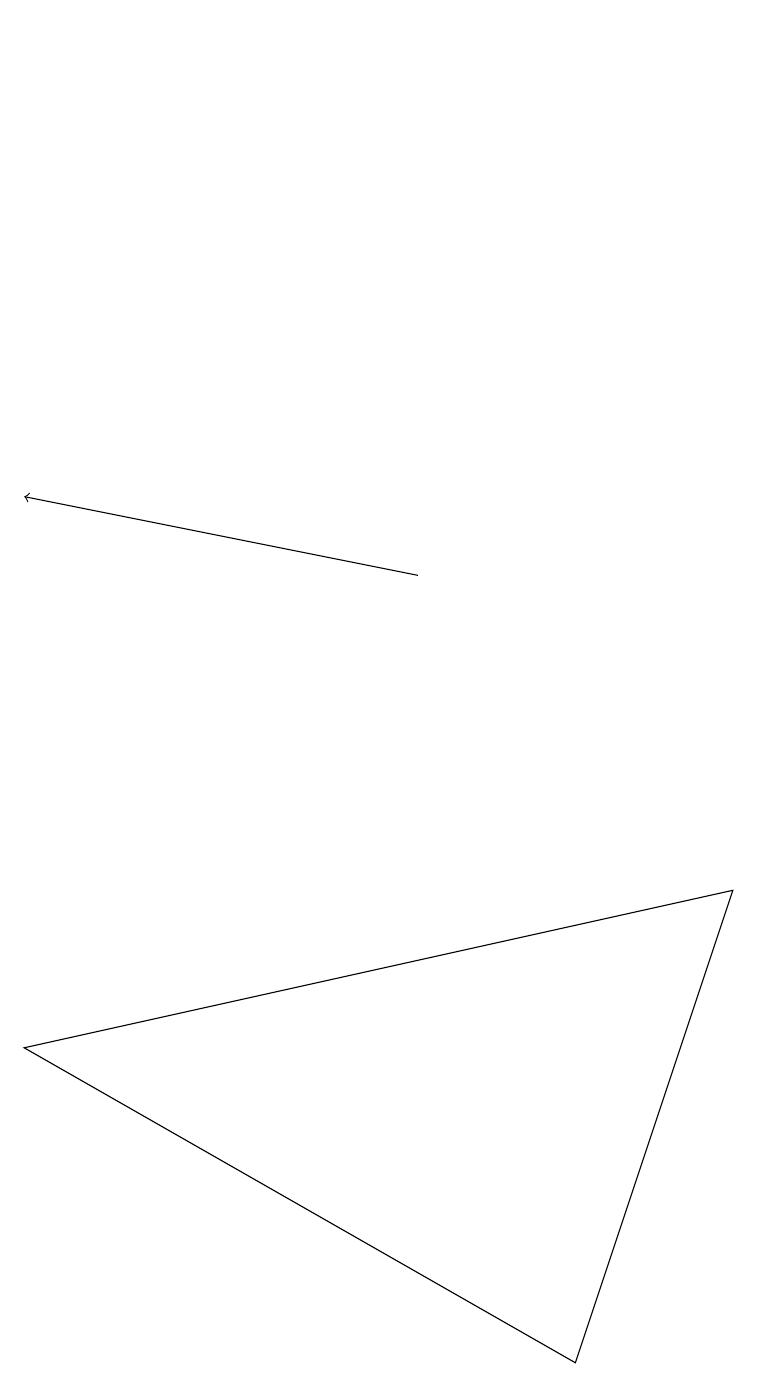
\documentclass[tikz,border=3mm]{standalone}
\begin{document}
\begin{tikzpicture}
\draw[->] (5,11) -- (0,12);
\draw (0,5) -- (7,1) -- (9,7) -- cycle;
\draw (1,18) rectangle (1,18);
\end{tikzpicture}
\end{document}